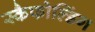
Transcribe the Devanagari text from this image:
स्कैफोल्डिंग